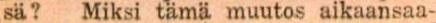
sä? Miksi tämä muutos aikaansaa-